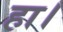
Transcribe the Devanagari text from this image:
हा।